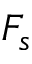
F _ { s }